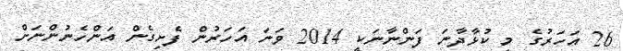
26 އަހަރުގެ މި ކުޅާދާނަ ފަންނާނަކީ 2014 ވަނަ އަހަރުން ފެށިގެން އަންހެނުންނަށް